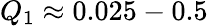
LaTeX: Q_{1}\approx 0.025-0.5